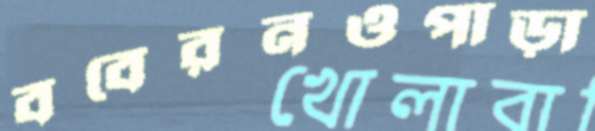
ববেরনওপাড়া